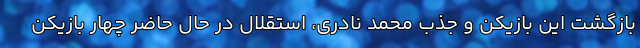
بازگشت این بازیکن و جذب محمد نادری، استقلال در حال حاضر چهار بازیکن